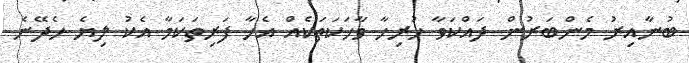
ބުނާއިރު މެންބަރުން ދައްކަވާ ހުރިހާ ވާހަކަތަކެއް އެހާ ފަރިތަކަމާ އެކު ލިޔެ ހެދޭނެ